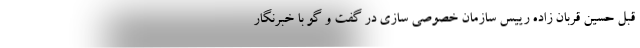
قبل حسین قربان زاده رییس سازمان خصوصی سازی در گفت و گو با خبرنگار